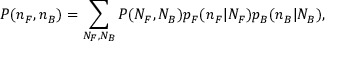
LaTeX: P ( n _ { F } , n _ { B } ) = \sum _ { N _ { F } , N _ { B } } { \cal P } ( N _ { F } , N _ { B } ) p _ { F } ( n _ { F } | N _ { F } ) p _ { B } ( n _ { B } | N _ { B } ) ,